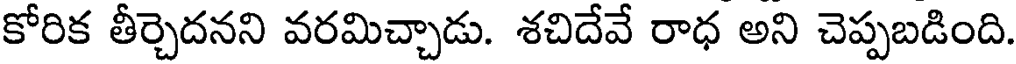
కోరిక తీర్చెదనని వరమిచ్చాడు. శచిదేవే రాధ అని చెప్పబడింది.